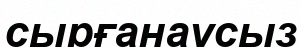
сырғанаусыз